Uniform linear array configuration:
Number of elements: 16
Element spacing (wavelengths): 0.5
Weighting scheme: exponential
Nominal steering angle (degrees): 30
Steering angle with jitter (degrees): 29.634
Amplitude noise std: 0.05
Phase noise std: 0.05

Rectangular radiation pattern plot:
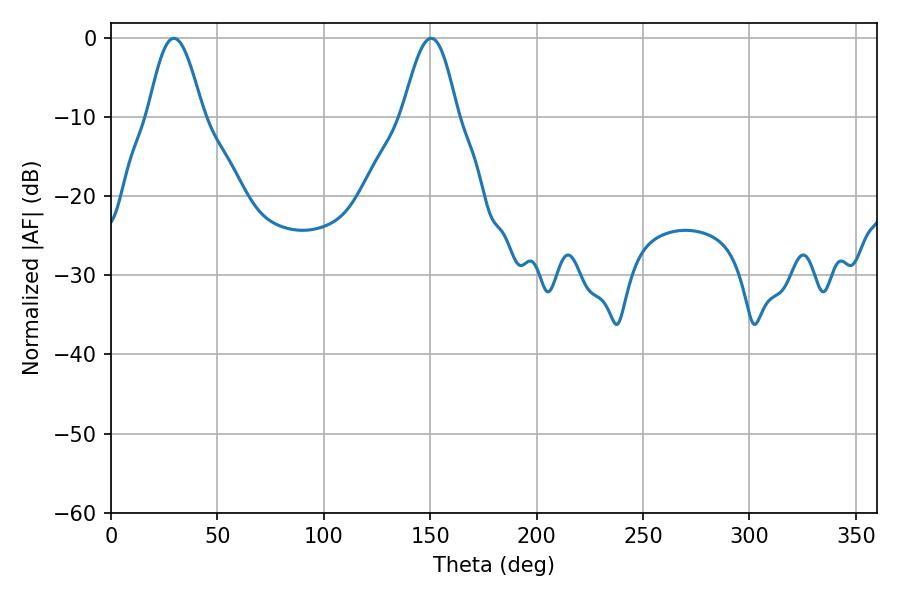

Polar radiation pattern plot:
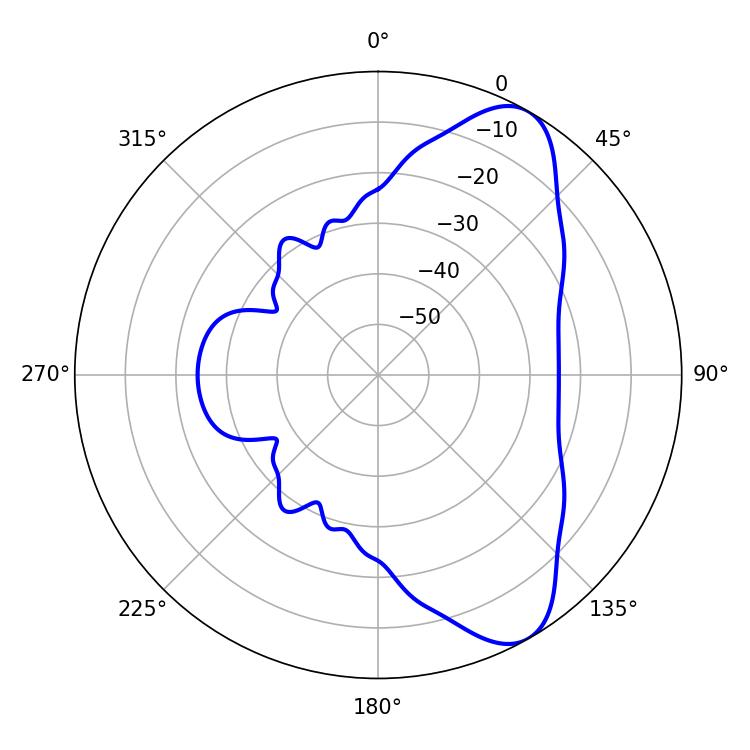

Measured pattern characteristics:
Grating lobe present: FALSE
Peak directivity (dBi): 8.438
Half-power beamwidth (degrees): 13.86
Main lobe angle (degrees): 29.52